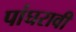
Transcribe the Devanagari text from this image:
पांघरावी